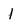
Character: 1